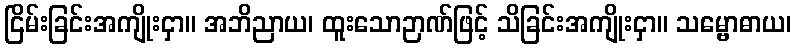
ငြိမ်းခြင်းအကျိုးငှာ။ အဘိညာယ၊ ထူးသောဉာဏ်ဖြင့် သိခြင်းအကျိုးငှာ။ သမ္ဗောဓာယ၊